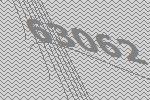
63062